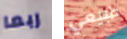
ربما طبيعي